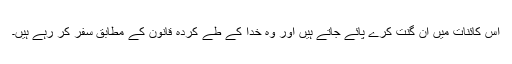
اس کائنات میں ان گنت کُرے پائے جاتے ہیں اور وہ خدا کے طے کردہ قانون کے مطابق سفر کر رہے ہیں۔